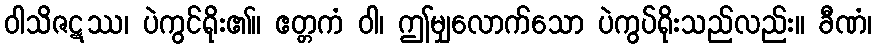
ဝါသိဇဋဿ၊ ပဲကွင်ရိုး၏။ ဧတ္တကံ ဝါ၊ ဤမျှလောက်သော ပဲကွပ်ရိုးသည်လည်း။ ခီဏံ၊